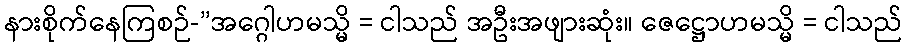
နားစိုက်နေကြစဉ်-”အဂ္ဂေါဟမသ္မိ = ငါသည် အဦးအဖျားဆုံး။ ဇေဋ္ဌောဟမသ္မိ = ငါသည်